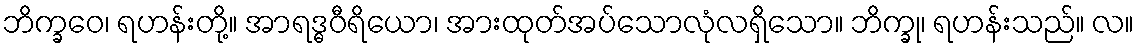
ဘိက္ခဝေ၊ ရဟန်းတို့။ အာရဒ္ဓဝီရိယော၊ အားထုတ်အပ်သောလုံလရှိသော။ ဘိက္ခု၊ ရဟန်းသည်။ လ။